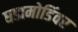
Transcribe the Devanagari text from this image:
घडामोडिंवर